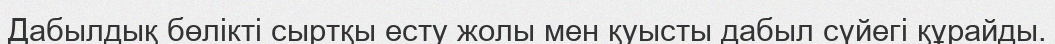
Дабылдық бөлікті сыртқы есту жолы мен қуысты дабыл сүйегі құрайды.